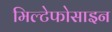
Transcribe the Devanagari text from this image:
मिल्टेफोसाइन